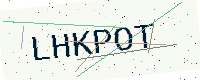
Text: LHKPOT